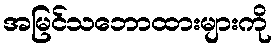
အမြင်သဘောထားများကို